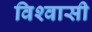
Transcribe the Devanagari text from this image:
विश्‍वासी